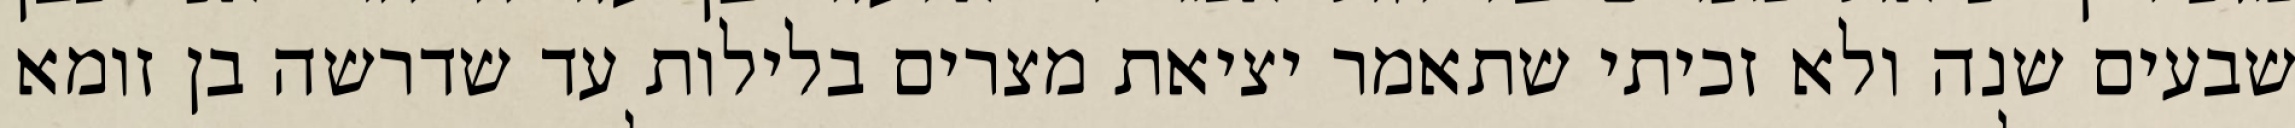
שבעים שנה ולא זכיתי שתאמר יציאת מצרים בלילות עד שדרשה בן זומא